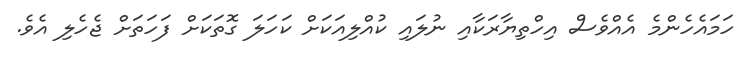
ހަމައެހެންމެ އެއްވެސް އިހްތިޔާރަކާއި ނުލައި ކުއްލިއަކަށް ކަހަލަ ގޮތަކަށް ފަހަތަށް ޖެހެލި އެވެ.